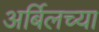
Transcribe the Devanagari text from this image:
अर्बिलच्या